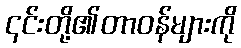
၎င်းတို့၏တာဝန်များကို